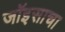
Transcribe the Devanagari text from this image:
जॉइसाचा